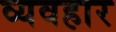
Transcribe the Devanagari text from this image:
व्यवहार